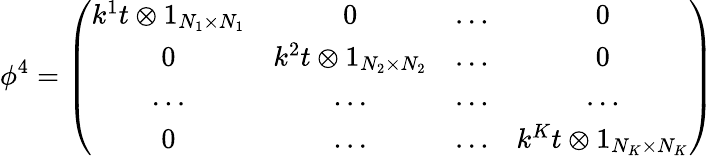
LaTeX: \phi^{4}=\left(\begin{array}{cccc}{{k^{1}t\otimes 1_{N_{1}\times N_{1}}}}&{{0}}&{{\dots}}&{{0}}\\ {{0}}&{{k^{2}t\otimes 1_{N_{2}\times N_{2}}}}&{{\dots}}&{{0}}\\ {{\dots}}&{{\dots}}&{{\dots}}&{{\dots}}\\ {{0}}&{{\dots}}&{{\dots}}&{{k^{K}t\otimes 1_{N_{K}\times N_{K}}}}\end{array}\right)